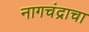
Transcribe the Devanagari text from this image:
नागचंद्राचा